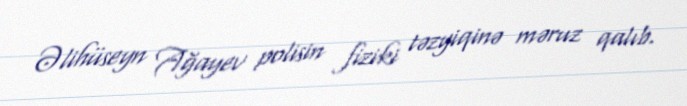
Əlihüseyn Ağayev polisin fiziki təzyiqinə məruz qalıb.